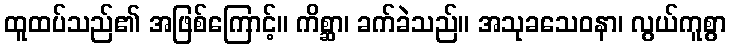
ထူထပ်သည်၏ အဖြစ်ကြောင့်။ ကိစ္ဆာ၊ ခက်ခဲသည်။ အသုခသေဝနာ၊ လွယ်ကူစွာ